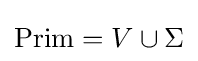
{\text{Prim}}=V\cup \Sigma